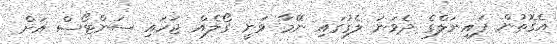
އެގޮތުން ފައިނަލްގެ ދެވަނަ ލެގުގައި ނޭމާ ވަނީ ގޯލެއް ޖަހައި ސަންޓޯސް އަށް